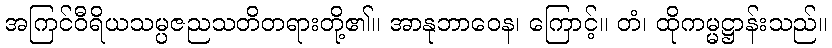
အကြင်ဝီရိယသမ္ပဇညသတိတရားတို့၏။ အာနုဘာဝေန၊ ကြောင့်။ တံ၊ ထိုကမ္မဋ္ဌာန်းသည်။